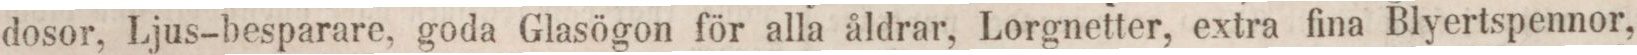
dosor, Ljus-besparare, goda Glasögon för alla åldrar, Lorgnetter, extra fina Blyertspennor,